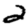
Digit: 2